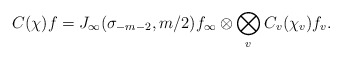
\begin{align*}C(\chi)f=J_\infty(\sigma_{-m-2},m/2)f_\infty\otimes\bigotimes_{v\:}C_v(\chi_v)f_v.\end{align*}